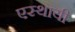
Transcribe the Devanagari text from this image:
एस्थायी